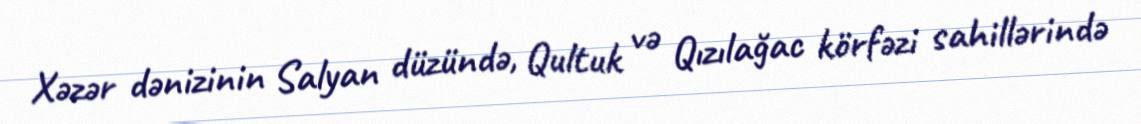
Xəzər dənizinin Salyan düzündə, Qultuk və Qızılağac körfəzi sahillərində